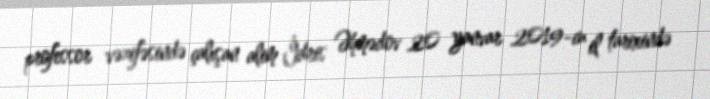
professor vəzifəsində çalışan alim İdris Əhmədov 20 yanvar 2019-cu il tarixində